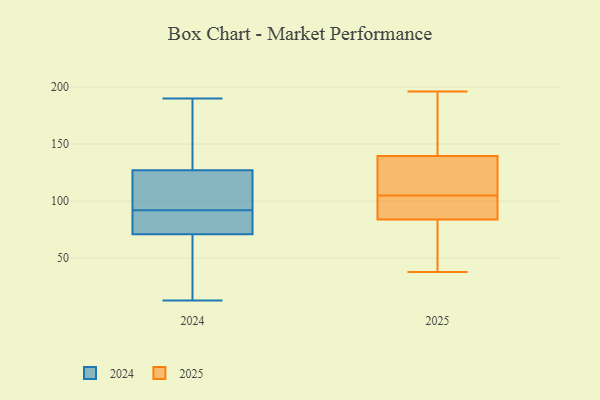
{"axis": {"x": "Temperature (°C)", "y": "Value"}, "legend": ["2024", "2025"], "data": [{"x": "", "y": 91, "type": "2024"}, {"x": "", "y": 30, "type": "2024"}, {"x": "", "y": 120, "type": "2024"}, {"x": "", "y": 121, "type": "2024"}, {"x": "", "y": 83, "type": "2024"}, {"x": "", "y": 13, "type": "2024"}, {"x": "", "y": 168, "type": "2024"}, {"x": "", "y": 92, "type": "2024"}, {"x": "", "y": 129, "type": "2024"}, {"x": "", "y": 190, "type": "2024"}, {"x": "", "y": 67, "type": "2024"}, {"x": "", "y": 145, "type": "2025"}, {"x": "", "y": 84, "type": "2025"}, {"x": "", "y": 123, "type": "2025"}, {"x": "", "y": 121, "type": "2025"}, {"x": "", "y": 63, "type": "2025"}, {"x": "", "y": 196, "type": "2025"}, {"x": "", "y": 38, "type": "2025"}, {"x": "", "y": 105, "type": "2025"}, {"x": "", "y": 84, "type": "2025"}, {"x": "", "y": 101, "type": "2025"}, {"x": "", "y": 152, "type": "2025"}]}